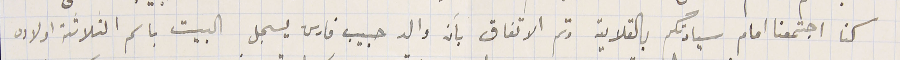
كنا اجتمعنا امام سيادتكم بالقلاية وتم الاتفاق بأن والد حبيب فارس يسجل البيت باسم الثلاثة اولاده